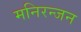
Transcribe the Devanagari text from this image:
मनिरन्जन